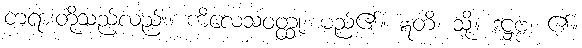
တရားတို့သည်လည်း။ ကိလေသဝတ္ထု၊ မည်၏။ ဣတိ၊ သို့။ ဒဋ္ဌဗ္ဗံ၊ ၏။